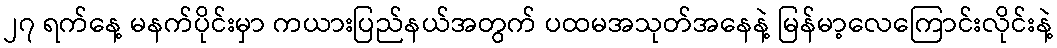
၂၇ ရက်နေ့ မနက်ပိုင်းမှာ ကယားပြည်နယ်အတွက် ပထမအသုတ်အနေနဲ့ မြန်မာ့လေကြောင်းလိုင်းနဲ့